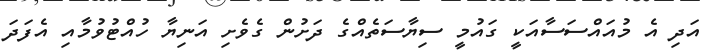
އަދި އެ މުއައްސަސާއަކީ ގައުމީ ސިޔާސަތެއްގެ ދަށުން ގެވެށި އަނިޔާ ހުއްޓުވުމާއި އެފަދަ